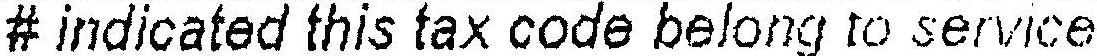
# INDICATED THIS TAX CODE BELONG TO SERVICE